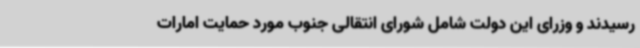
رسیدند و وزرای این دولت شامل شورای انتقالی جنوب مورد حمایت امارات